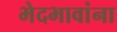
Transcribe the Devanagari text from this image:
भेदभावांना